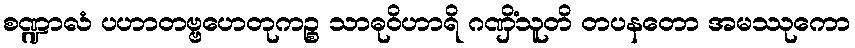
စဏ္ဍာလံ ပဟာတဗ္ဗဟေတုကဉ္စ သာဓုဝိဟာရိ ဂဏှိံသူတိ တပနတော အမဿုကော